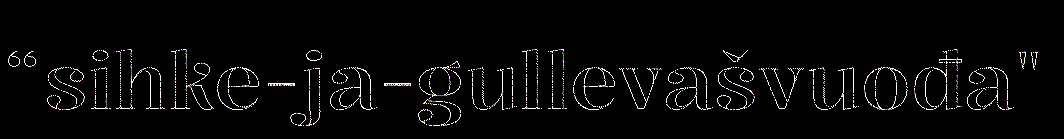
“sihke-ja-gullevašvuođa"